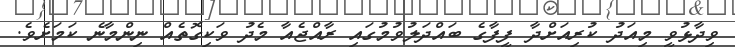
ވިދާޅުވީ މިއަދު ކުރިއަށްދާ ފީފާގެ ބައްދަލުވުމުގައި ރާއްޖެއާ މެދު ވަކިގޮތެއް ނިންމާނެ ކަމަށެވެ.